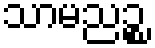
သာမညဉ္စ